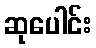
ဆုပေါင်း